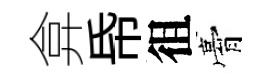
弇帋徂膏